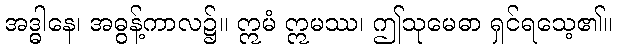
အဒ္ဓါနေ၊ အဓွန့်ကာလ၌။ ဣမံ ဣမဿ၊ ဤသုမေဓာ ရှင်ရသေ့၏။